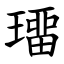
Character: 璢